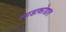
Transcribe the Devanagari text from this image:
लाडाकोडात